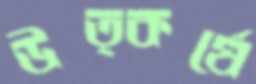
উত্কর্ষে